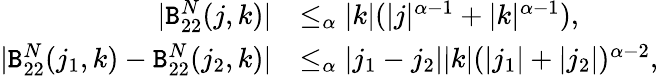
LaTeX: \begin{array}{rl}{|\mathtt{B}_{22}^{N}(j,k)|}&{\le_{\alpha}|k|(|j|^{\alpha-1}+|k|^{\alpha-1}),}\\ {|\mathtt{B}_{22}^{N}(j_{1},k)-\mathtt{B}_{22}^{N}(j_{2},k)|}&{\le_{\alpha}|j_{1}-j_{2}||k|(|j_{1}|+|j_{2}|)^{\alpha-2},}\end{array}